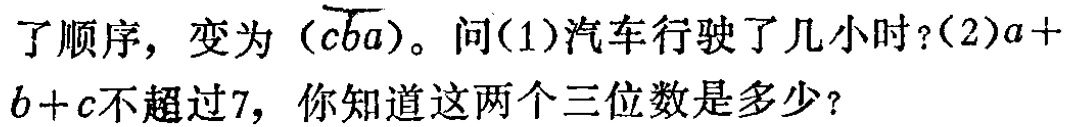
了顺序，变为\((\overline{cba})\)。问(1)汽车行驶了几小时？(2)\(a + b + c\)不超过7，你知道这两个三位数是多少？